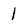
Character: 1